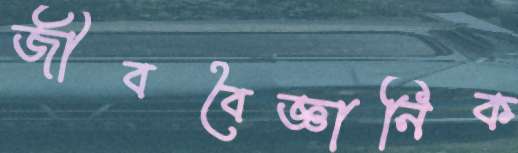
জীববৈজ্ঞানিক